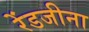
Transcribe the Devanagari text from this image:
रेंडजीना